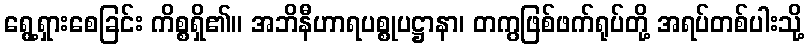
ရွေ့ရှားစေခြင်း ကိစ္စရှိ၏။ အဘိနီဟာရပစ္စုပဋ္ဌာနာ၊ တကွဖြစ်ဖက်ရုပ်တို့ အရပ်တစ်ပါးသို့